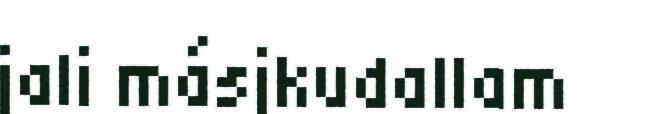
jali másjkudallam